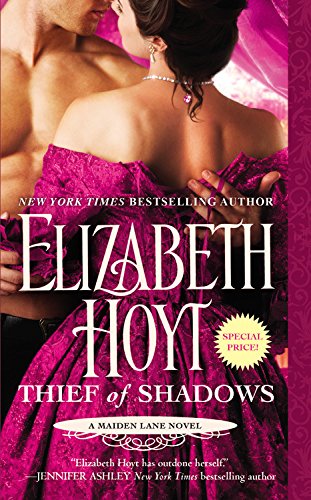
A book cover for Thief of Shadows (Maiden Lane); Elizabeth Hoyt; Literature & Fiction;